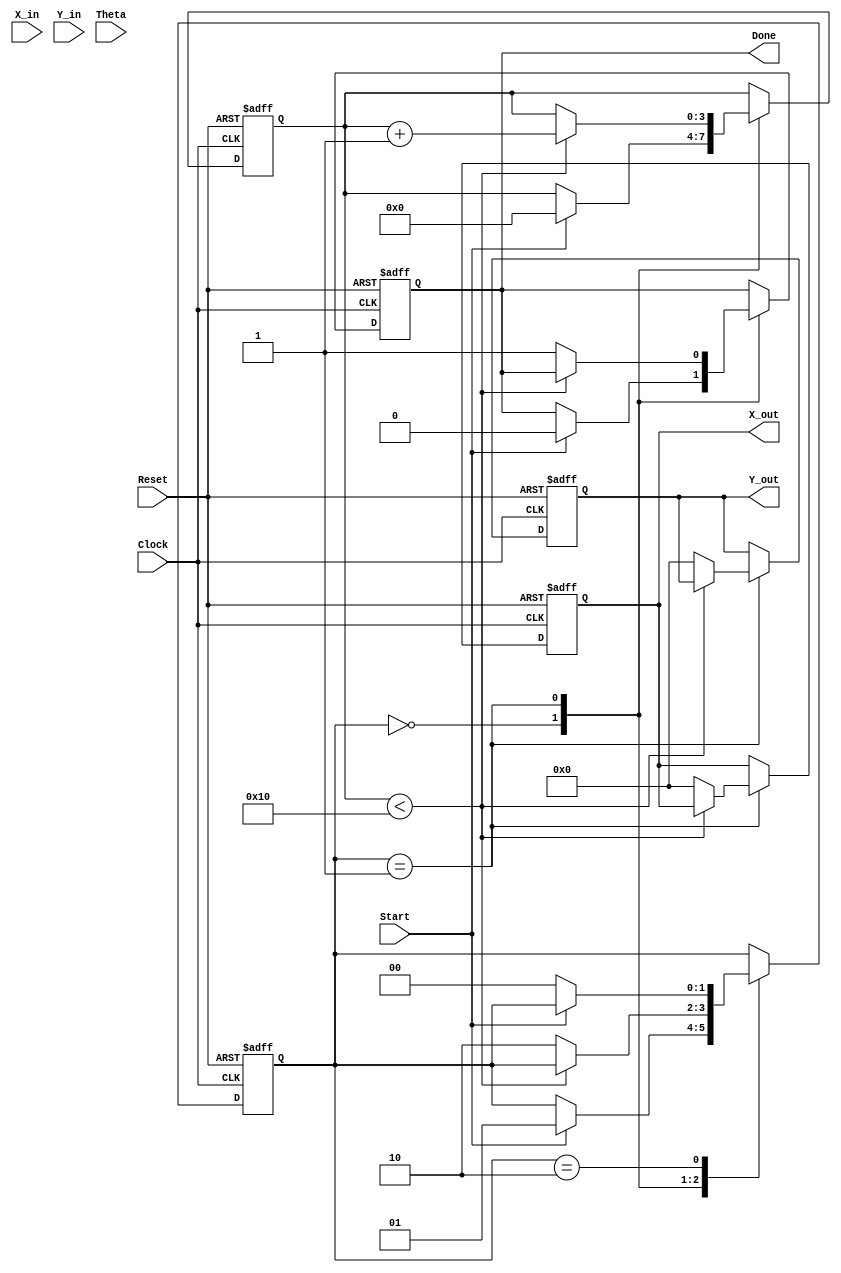
module complex_cordic (
    input wire signed [15:0] X_in,      // Real part of input vector
    input wire signed [15:0] Y_in,      // Imaginary part of input vector
    input wire signed [15:0] Theta,     // Angle of rotation
    input wire Start,                   // Control signal to start operation
    input wire Reset,                   // Asynchronous reset
    input wire Clock,                   // Clock signal
    output reg signed [15:0] X_out,     // Real part of output vector
    output reg signed [15:0] Y_out,     // Imaginary part of output vector
    output reg Done                     // Completion signal
);

    // Parameters
    parameter NUM_ITERATIONS = 16;     // Number of CORDIC iterations
    parameter FIXED_SCALE = 16'h26DD;   // Scaling factor (approx. 0.607)

    // Internal signals
    reg signed [15:0] x, y, z;          // Internal registers for x, y, and z
    reg [3:0] iteration;                 // Iteration counter
    reg [1:0] state;                     // State machine
    reg [15:0] angle_table [0:NUM_ITERATIONS-1]; // Angle lookup table

    // State machine states
    localparam IDLE = 2'b00;
    localparam RUN = 2'b01;
    localparam DONE_STATE = 2'b10;

    // Initialize angle lookup table
    initial begin
        angle_table[0] = 16'h0000; // atan(2^0)
        angle_table[1] = 16'h26DB; // atan(2^-1)
        angle_table[2] = 16'h1A62; // atan(2^-2)
        angle_table[3] = 16'h0FCF; // atan(2^-3)
        angle_table[4] = 16'h07F5; // atan(2^-4)
        angle_table[5] = 16'h03FE; // atan(2^-5)
        angle_table[6] = 16'h01FF; // atan(2^-6)
        angle_table[7] = 16'h00FF; // atan(2^-7)
        angle_table[8] = 16'h007F; // atan(2^-8)
        angle_table[9] = 16'h003F; // atan(2^-9)
        angle_table[10] = 16'h001F; // atan(2^-10)
        angle_table[11] = 16'h000F; // atan(2^-11)
        angle_table[12] = 16'h0007; // atan(2^-12)
        angle_table[13] = 16'h0003; // atan(2^-13)
        angle_table[14] = 16'h0001; // atan(2^-14)
        angle_table[15] = 16'h0000; // atan(2^-15)
    end

    // State machine and CORDIC operation
    always @(posedge Clock or posedge Reset) begin
        if (Reset) begin
            state <= IDLE;
            Done <= 0;
            iteration <= 0;
            X_out <= 0;
            Y_out <= 0;
        end else begin
            case (state)
                IDLE: begin
                    if (Start) begin
                        x <= X_in;
                        y <= Y_in;
                        z <= Theta;
                        iteration <= 0;
                        Done <= 0;
                        state <= RUN;
                    end
                end

                RUN: begin
                    if (iteration < NUM_ITERATIONS) begin
                        if (z < 0) begin
                            // Rotate counter-clockwise
                            x <= x + (y >>> iteration);
                            y <= y - (x >>> iteration);
                            z <= z + angle_table[iteration];
                        end else begin
                            // Rotate clockwise
                            x <= x - (y >>> iteration);
                            y <= y + (x >>> iteration);
                            z <= z - angle_table[iteration];
                        end
                        iteration <= iteration + 1;
                    end else begin
                        // Scaling the output
                        X_out <= x * FIXED_SCALE >>> 16;
                        Y_out <= y * FIXED_SCALE >>> 16;
                        Done <= 1;
                        state <= DONE_STATE;
                    end
                end

                DONE_STATE: begin
                    if (!Start) begin
                        state <= IDLE;
                    end
                end
            endcase
        end
    end
endmodule